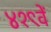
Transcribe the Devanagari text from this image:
४१९वें